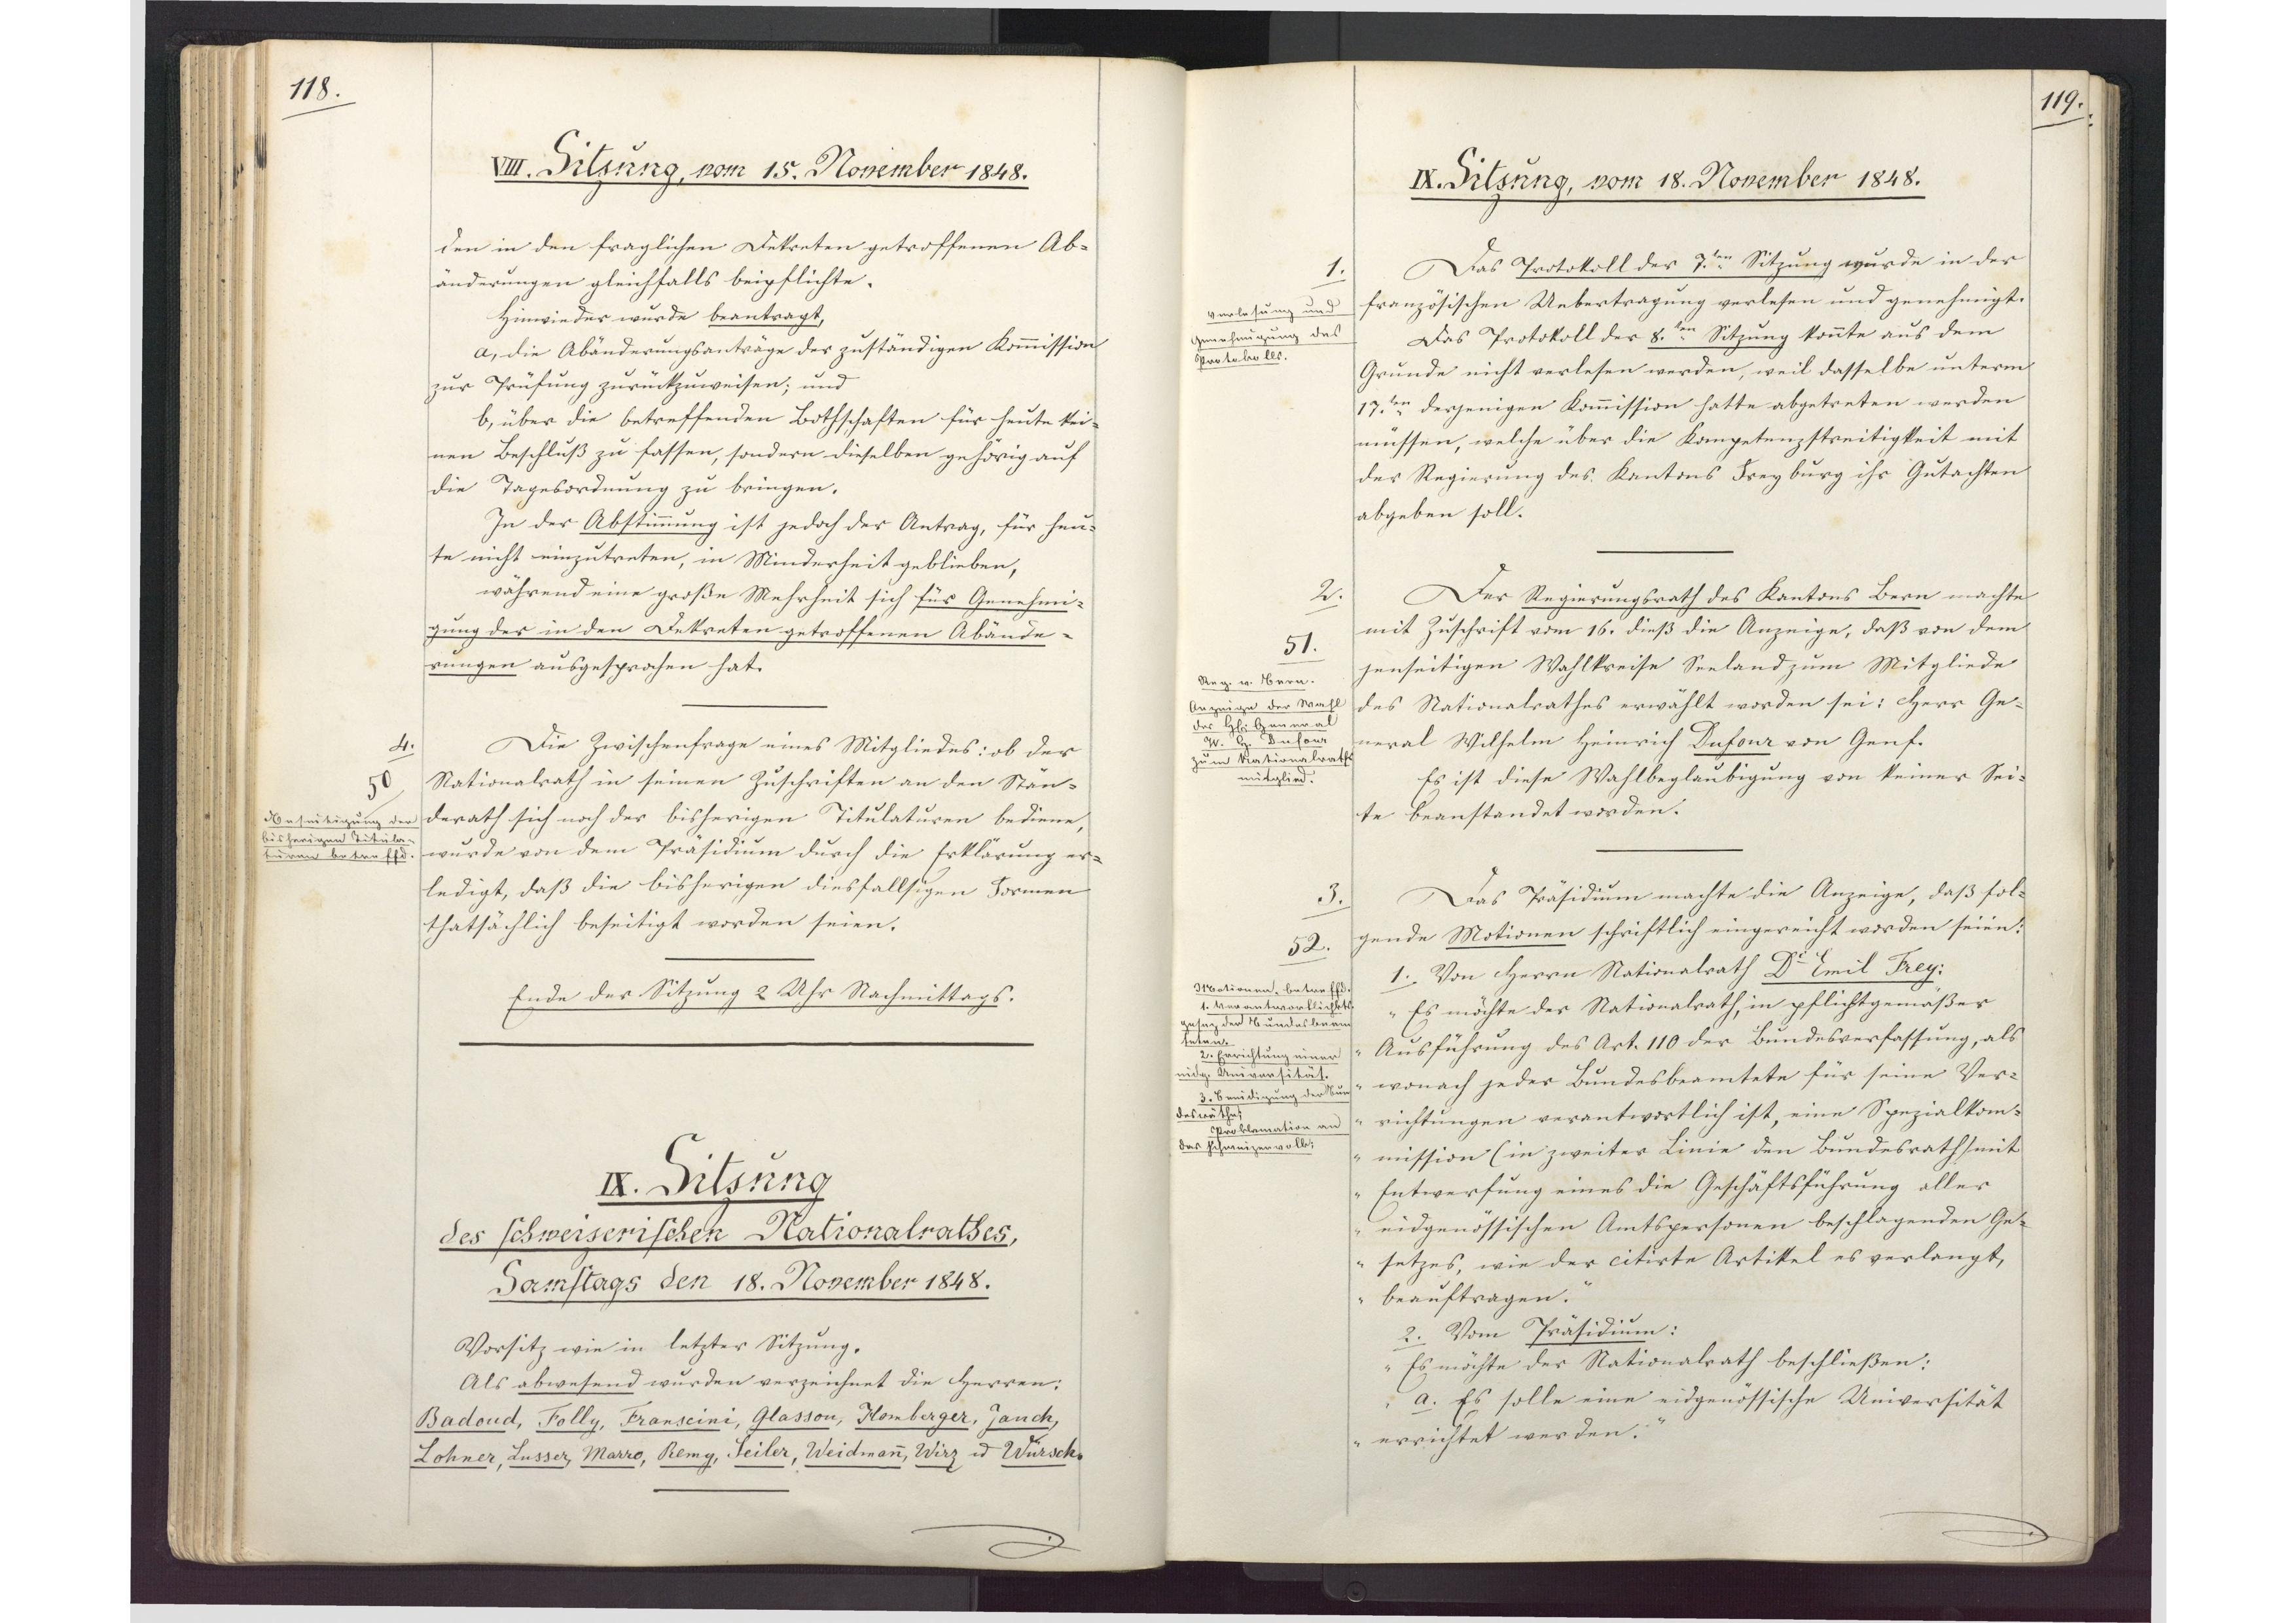
118.

VIII. Sitzung, vom 15. November 1848.

den in den fraglichen Dekreten getroffenen Ab¬
änderungen gleichfalls beipflichte.
Hinwieder wurde beantragt,
a, die Abänderungsanträge der zuständigen Kommission
zur Prüfung zurückzuweisen; und
b, über die betreffenden Bothschaften für heute kei¬
nen Beschluß zu fassen, sondern dieselben gehörig auf
die Tagesordnung zu bringen.
In der Abstimmung ist jedoch der Antrag, für heu¬
te nicht einzutreten, in Minderheit geblieben,
während eine große Mehrheit sich für Genehmi¬
gung der in den Dekreten getroffenen Abände¬
rungen ausgesprochen hat.
Die Zwischenfrage eines Mitgliedes: ob der
Nationalrath in seinen Zuschriften an den Stän¬
derath sich noch der bisherigen Titulaturen bediene,
wurde von dem Präsidium durch die Erklärung er¬
ledigt, daß die bisherigen diesfallsigen Formen
thatsächlich beseitigt worden seien.
Ende der Sitzung 2 Uhr Nachmittags.

4.
50.
Beseitigung der
bisherigen Titula¬
turen betreffend.